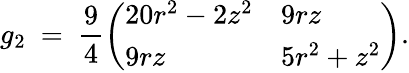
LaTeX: g_{2}\ =\ \frac 94\left(\begin{array}{ll}{20r^{2}-2z^{2}}&{9rz}\\ {9rz}&{5r^{2}+z^{2}}\end{array}\right).